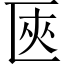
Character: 匧